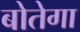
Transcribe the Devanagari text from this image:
बोतेगा